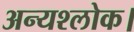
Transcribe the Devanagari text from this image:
अन्यश्लोक।